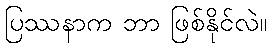
ပြဿနာက ဘာ ဖြစ်နိုင်လဲ။